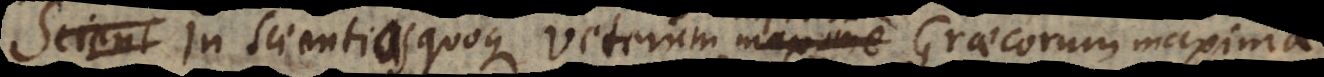
In scientias quoque Veterum inprimis Graecorum maxima